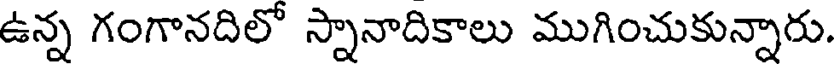
ఉన్న గంగానదిలో స్నానాదికాలు ముగించుకున్నారు.